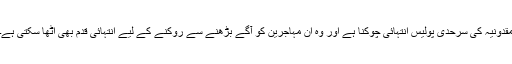
مقدونیہ کی سرحدی پولیس انتہائی چوکنا ہے اور وہ ان مہاجرین کو آگے بڑھنے سے روکنے کے لیے انتہائی قدم بھی اٹھا سکتی ہے۔